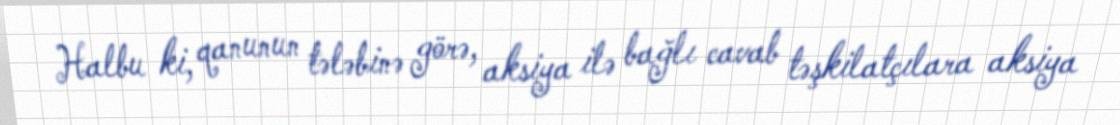
Halbu ki, qanunun tələbinə görə, aksiya ilə bağlı cavab təşkilatçılara aksiya